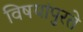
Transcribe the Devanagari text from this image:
विषयांपुरते